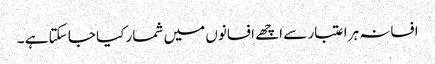
افسانہ ہر اعتبار سے اچھے افسانوں میں شمار کیا جا سکتا ہے ۔